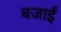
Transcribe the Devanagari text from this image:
बजाईं